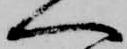
へ